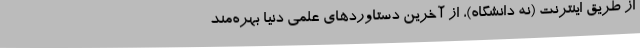
از طریق اینترنت (نه دانشگاه)، از آخرین دستاوردهای علمی دنیا بهره‌مند